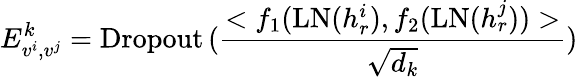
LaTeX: E_{v^{i},v^{j}}^{k}=\operatorname{Dropout}{(\frac{<f_{1}(\mathrm{LN}(h_{r}^{i}),f_{2}(\mathrm{LN}(h_{r}^{j}))>}{\sqrt{d_{k}}})}